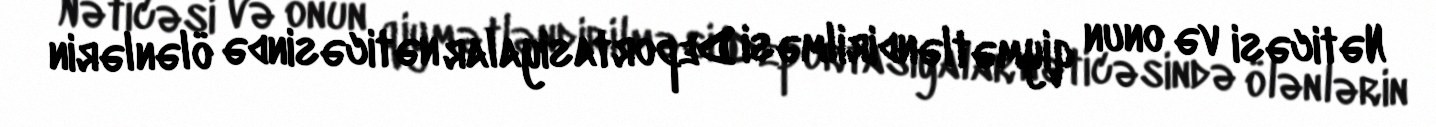
Nəticəsi və onun qiymətləndirilməsi Deportasiyalar nəticəsində ölənlərin